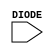
module sky130_fd_sc_hvl__diode (
    DIODE
);

    // Module ports
    input DIODE;
     // No contents.
endmodule